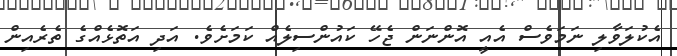
އެކުލަވާލި ނަމަވެސް އެއީ އޮންނަން ޖެހޭ ކައުންސިލެއް ކަމަށެވެ. އަދި އަތޮޅެއްގެ ތެރެއިން